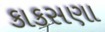
કાકસણા